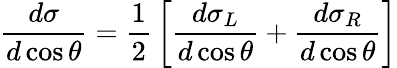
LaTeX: {\frac{d\sigma}{d\cos\theta}}={\frac{1}{2}}\left[{\frac{{d\sigma}_{L}}{d\cos\theta}}+{\frac{{d\sigma}_{R}}{d\cos\theta}}\right]